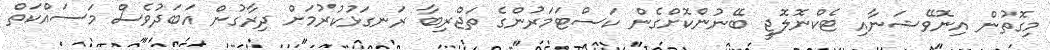
މިގޮތުން އިނޮވޭޝަނާއި ޓެކްނޮލޮޖީ ބޭނުންކޮށްގެން ކަސްޓަމަރުންގެ ތަޖްރިބާ ރަނގަޅުކުރުމަށް ދިރާގުން އަބަދުވެސް މަސައްކަތް